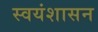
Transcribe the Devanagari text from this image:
स्वयंशासन